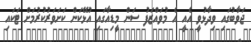
ޖަވާބުގައި ވިދާޅުވީ އެއީ އެ މުވައްޒަފު ސަން މީޑިއާގައި އުޅޭކަން ކަށަވަރުކުރުމަށް ޓަކައި